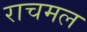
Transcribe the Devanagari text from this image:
राचमल